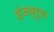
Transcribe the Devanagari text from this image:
इंजब्रुक